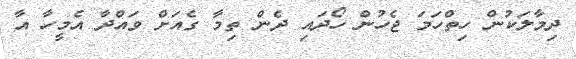
ދިމާލަކުން ހިތްހަމަ ޖެހުން ހޯދައި ދެން ތިމާ ގެއަށް ވައްދާ އެމީހާ އާ